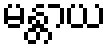
မန္တာယ